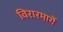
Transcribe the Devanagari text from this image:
विरारमार्गे